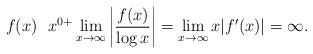
LaTeX: \begin{align*}f(x) \,\, \,\, x^{0+} \lim_{x \rightarrow \infty} \left| \frac{f(x)}{\log x}\right| = \lim_{x \rightarrow \infty} x |f'(x)| = \infty.\end{align*}